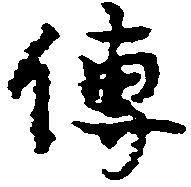
伝